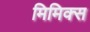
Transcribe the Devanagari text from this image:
मिमिक्स